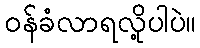
၀န်ခံလာရလို့ပါပဲ။